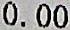
0.00